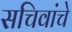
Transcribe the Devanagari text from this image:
सचिवांचे